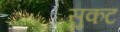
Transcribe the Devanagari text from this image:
सुकट